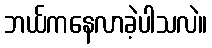
ဘယ်ကနေလာခဲ့ပါသလဲ။